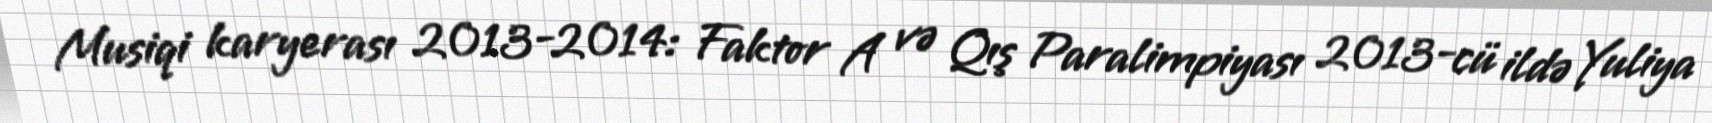
Musiqi karyerası 2013-2014: Faktor A və Qış Paralimpiyası 2013-cü ildə Yuliya